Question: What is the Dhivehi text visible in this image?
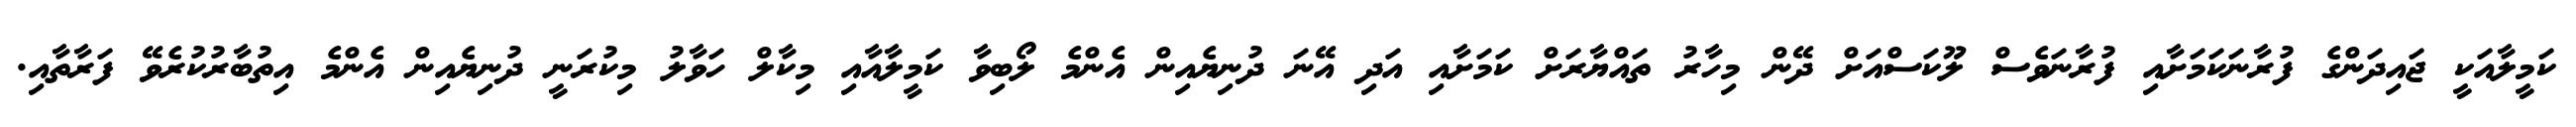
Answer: ކަމީލާއަކީ ޖައިދަންގެ ފުރާނަކަމަށާއި ފުރާނަވެސް ލޫކަސްއަށް ދޭން މިހާރު ތައްޔާރަށް ކަމަށާއި އަދި އޭނަ ދުނިޔެއިން އެންމެ ލޯބިވާ ކަމީލާއާއި މިކާލް ހަވާލު މިކުރަނީ ދުނިޔެއިން އެންމެ އިތުބާރުކުރެވޭ ފަރާތާއި.